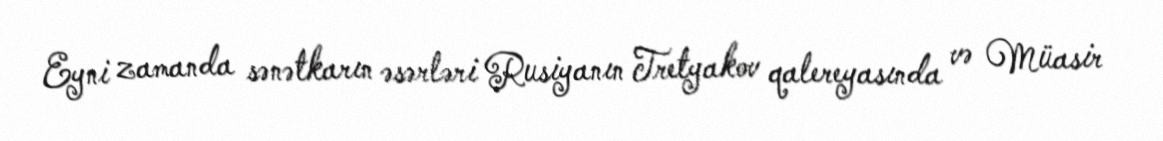
Eyni zamanda sənətkarın əsərləri Rusiyanın Tretyakov qalereyasında və Müasir